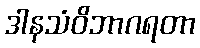
ဒါနသံဝိဘာဂရတာ